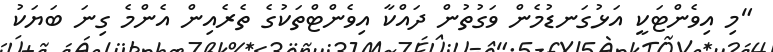
"މި އިވެންޓަކީ އަޅުގަނޑުމެން ވަގުތުން ދައްކާ އިވެންޓްތަކުގެ ތެރެއިން އެންމެ ގިނަ ބަޔަކު